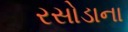
રસોડાના